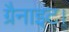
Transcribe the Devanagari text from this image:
ग्रैनाइट।